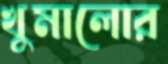
খুমালোর